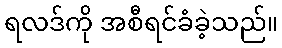
ရလဒ်ကို အစီရင်ခံခဲ့သည်။